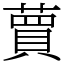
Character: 蕒